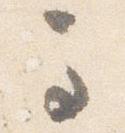
馬